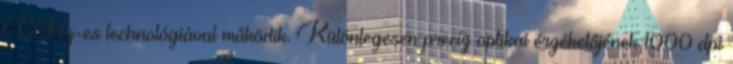
GHz-es technológiával működik. Különlegesen precíz optikai érzékelőjének 1000 dpi